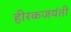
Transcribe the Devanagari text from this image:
हीरकजयंती